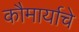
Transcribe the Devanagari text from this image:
कौमार्याचे